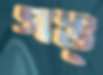
গঙ্